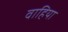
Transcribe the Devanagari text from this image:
वाहिया